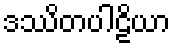
ဒဿိတပါဠိယာ